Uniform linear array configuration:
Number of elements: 48
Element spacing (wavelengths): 0.5
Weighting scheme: blackman
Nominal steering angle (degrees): -60
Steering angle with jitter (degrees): -61.994
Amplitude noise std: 0.05
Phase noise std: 0.05

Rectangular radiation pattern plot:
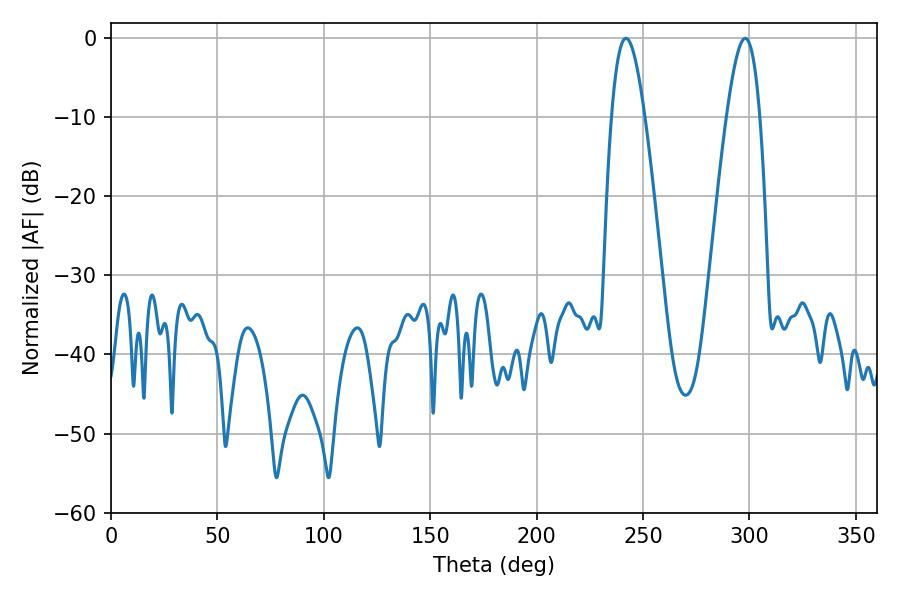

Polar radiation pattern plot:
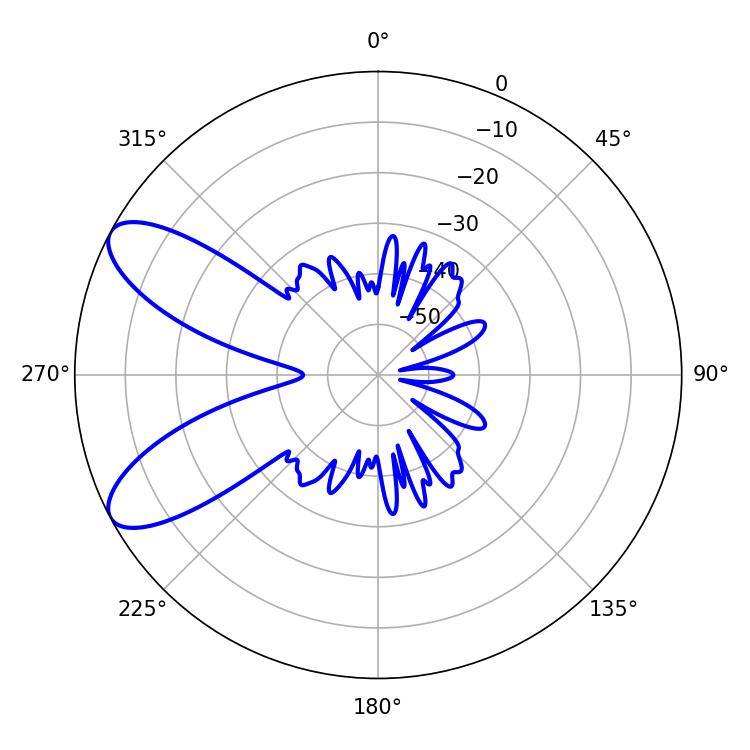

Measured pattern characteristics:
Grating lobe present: FALSE
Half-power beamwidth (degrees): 8.46
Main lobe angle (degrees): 241.92